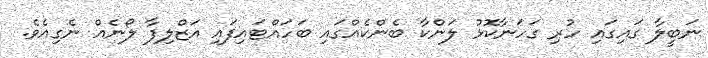
ނަބީލާ ގައިގައި ހުރި ގަހަނާކޮޅު ލަންކާ ބެންކެއްގައި ބަހައްޓައިފައި އަޒްލިފާ ލޯނެއް ނެގިއެވެ.